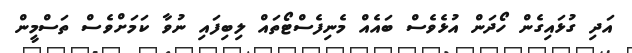
އަދި ގުޅައިގެން ހޯދަން އުޅެވެސް ބައެއް މެނިފެސްޓޯތައް ލިބިފައި ނުވާ ކަމަށްވެސް ތަސްމީން